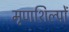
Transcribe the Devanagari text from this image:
मृणशिल्पों